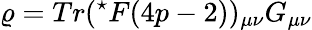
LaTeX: \varrho=Tr(^{\star}F(4p-2))_{\mu\nu}G_{\mu\nu}